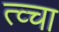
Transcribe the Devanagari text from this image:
त्व्चा